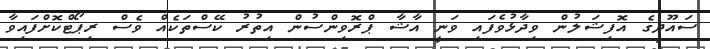
ސައޫދީގެ އޮފިޝަލުން ވިދާޅުވެފައި ވަނީ އާޝާ ޕްރޮވިންސުން އިތުރު ކޭސްތަކެއް ވެސް ރިޕޯޓްކޮށްފައިވާ